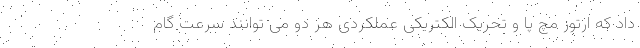
داد که ارتوز مچ پا و تحریک الکتریکی عملکردی هر دو می توانند سرعت گام